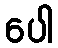
ပေါ